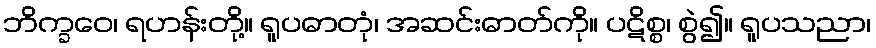
ဘိက္ခဝေ၊ ရဟန်းတို့။ ရူပဓာတုံ၊ အဆင်းဓာတ်ကို။ ပဋိစ္စ၊ စွဲ၍။ ရူပသညာ၊